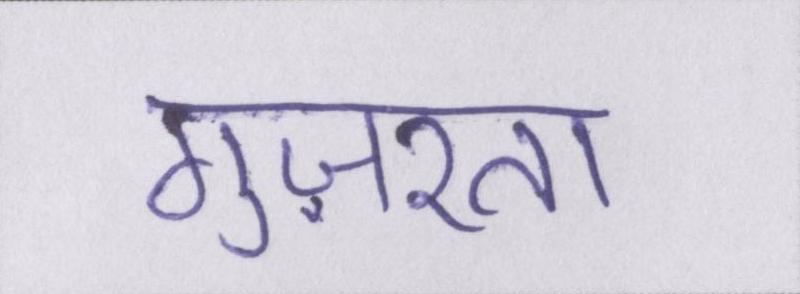
गुज़रता